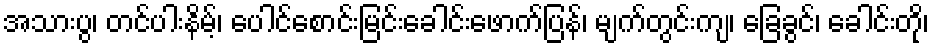
အသားပွ၊ တင်ပါးနိမ့်၊ ပေါင်စောင်းမြင်းခေါင်းဖောက်ပြန်၊ မျက်တွင်းကျ၊ ခြေခွင်၊ ခေါင်းတို၊